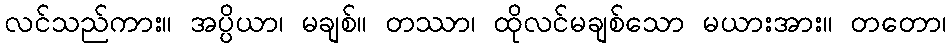
လင်သည်ကား။ အပ္ပိယာ၊ မချစ်။ တဿာ၊ ထိုလင်မချစ်သော မယားအား။ တတော၊